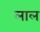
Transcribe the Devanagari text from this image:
लाल